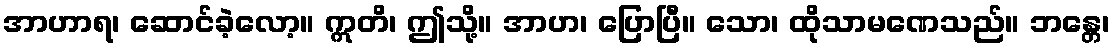
အာဟာရ၊ ဆောင်ခဲ့လော့။ ဣတိ၊ ဤသို့။ အာဟ၊ ပြောပြီ။ သော၊ ထိုသာမဏေသည်။ ဘန္တေ၊